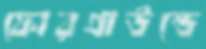
ফোরগ্রাউন্ডে